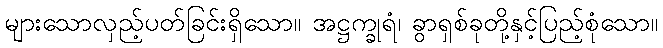
များသောလှည့်ပတ်ခြင်းရှိသော။ အဋ္ဌက္ခုရံ၊ ခွာရှစ်ခုတို့နှင့်ပြည့်စုံသော။